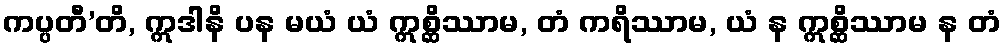
ကပ္ပတီ’တိ, ဣဒါနိ ပန မယံ ယံ ဣစ္ဆိဿာမ, တံ ကရိဿာမ, ယံ န ဣစ္ဆိဿာမ န တံ